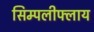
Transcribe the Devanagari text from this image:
सिम्पलीफ्लाय